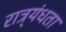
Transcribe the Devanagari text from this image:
रात्र्यंधता